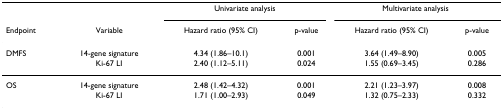
<table><thead><tr><td></td><td></td><td colspan="2"><b>Univariate analysis</b></td><td colspan="2"><b>Multivariate analysis</b></td></tr><tr><td><b>Endpoint</b></td><td><b>Variable</b></td><td><b>Hazard ratio (95% CI)</b></td><td><b>p-value</b></td><td><b>Hazard ratio (95% CI)</b></td><td><b>p-value</b></td></tr></thead><tbody><tr><td>DMFS</td><td>14-gene signature</td><td>4.34 (1.86–10.1)</td><td>0.001</td><td>3.64 (1.49–8.90)</td><td>0.005</td></tr><tr><td></td><td>Ki-67 LI</td><td>2.40 (1.12–5.11)</td><td>0.024</td><td>1.55 (0.69–3.45)</td><td>0.286</td></tr><tr><td>OS</td><td>14-gene signature</td><td>2.48 (1.42–4.32)</td><td>0.001</td><td>2.21 (1.23–3.97)</td><td>0.008</td></tr><tr><td></td><td>Ki-67 LI</td><td>1.71 (1.00–2.93)</td><td>0.049</td><td>1.32 (0.75–2.33)</td><td>0.332</td></tr></tbody></table>